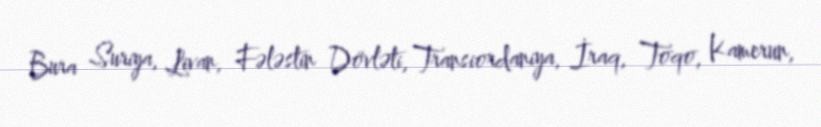
Bura Suriya, Livan, Fələstin Dövləti, Transiordaniya, İraq, Toqo, Kamerun,